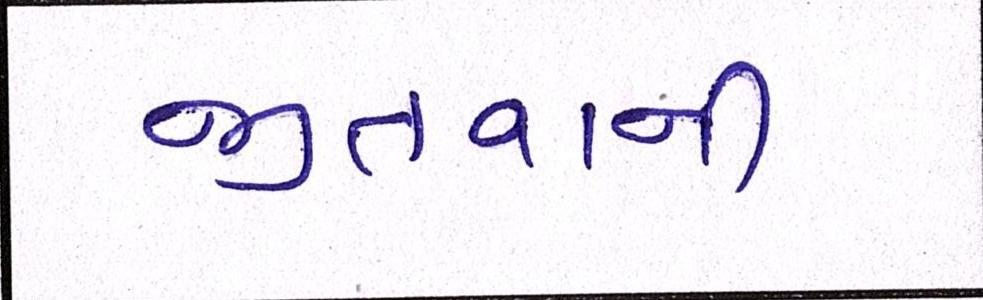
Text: જીતવાની